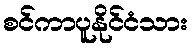
စင်ကာပူနိုင်ငံသား